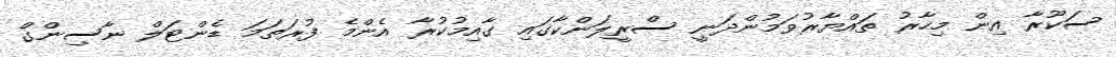
ސަކޫރާ އިން މިހާރު ތައްޔާރުވަމުންދަނީ ސްރީލަންކާގައި ގާއިމުކުރާ އެންމެ ފުރަތަމަ ޑެންޓަލް ނާސިންގް